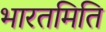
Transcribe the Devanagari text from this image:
भारतमिति